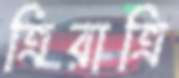
ত্রিরাত্রি